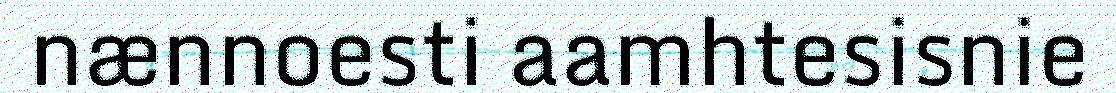
nænnoesti aamhtesisnie